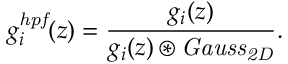
g _ { i } ^ { \mathit { h p f } } ( z ) = \frac { g _ { i } ( z ) } { g _ { i } ( z ) \circledast \mathit { G a u s s } _ { \mathit { 2 D } } } .